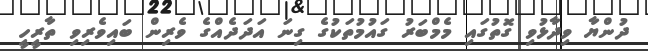
ދުންޔާ ވިދާޅުވި ގޮތުގައި މެމްބަރު ގައުމުތަކުގެ ގިނަ އަދަދެއްގެ ވެރިން ބައިވެރިވި ތާރީހީ